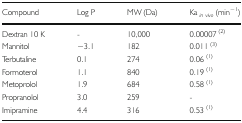
<table><thead><tr><td><b>Compound</b></td><td><b>Log P</b></td><td><b>MW (Da)</b></td><td><b>Ka <sub><i>in vivo</i></sub> (min<sup>−1</sup>)</b></td></tr></thead><tbody><tr><td>Dextran 10 K</td><td>-</td><td>10,000</td><td>0.00007 <sup>(2)</sup></td></tr><tr><td>Mannitol</td><td>−3.1</td><td>182</td><td>0.011 <sup>(3)</sup></td></tr><tr><td>Terbutaline</td><td>0.1</td><td>274</td><td>0.06 <sup>(1)</sup></td></tr><tr><td>Formoterol</td><td>1.1</td><td>840</td><td>0.19 <sup>(1)</sup></td></tr><tr><td>Metoprolol</td><td>1.9</td><td>684</td><td>0.58 <sup>(1)</sup></td></tr><tr><td>Propranolol</td><td>3.0</td><td>259</td><td>-</td></tr><tr><td>Imipramine</td><td>4.4</td><td>316</td><td>0.53 <sup>(1)</sup></td></tr></tbody></table>